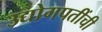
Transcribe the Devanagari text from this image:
उद्योगपतींची